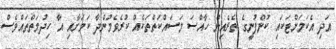
އަދި އެކަމަށްޓަކައި ކުންފުނީގެ ތެރެއިން ހާއްސަ މަސައްކަތްތަކެއް ކުރެވެމުންދާ ކަމަށާއި އާ ހިދުމަތްތައްވެސް